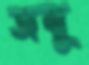
জম্বু